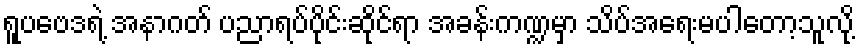
ရူပဗေဒရဲ့ အနာဂတ် ပညာရပ်ပိုင်းဆိုင်ရာ အခန်းကဏ္ဍမှာ သိပ်အရေးမပါတော့သူလို့